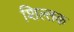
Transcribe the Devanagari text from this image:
शिल्‍लक